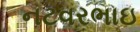
નટવરભાઇ